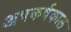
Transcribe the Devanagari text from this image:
अपकर्षकाल